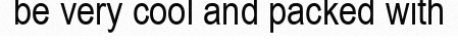
be very cool and packed with